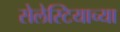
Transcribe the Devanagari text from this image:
सेलेस्टियाच्या